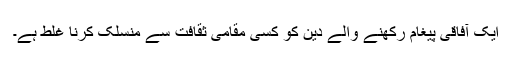
ایک آفاقی پیغام رکھنے والے دین کو کسی مقامی ثقافت سے منسلک کرنا غلط ہے۔